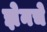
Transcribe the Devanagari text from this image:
झेनचे